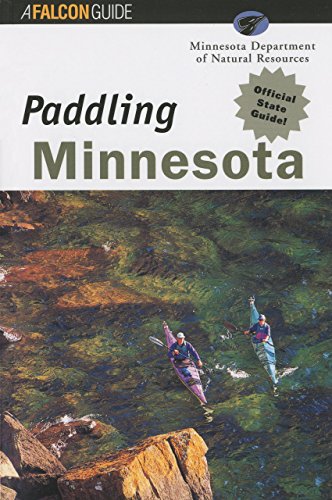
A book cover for Paddling Minnesota (Regional Paddling Series); Greg Breining; Travel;